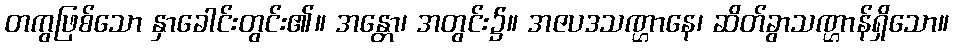
တကွဖြစ်သော နှာခေါင်းတွင်း၏။ အန္တော၊ အတွင်း၌။ အဇပဒသဏ္ဌာနေ၊ ဆိတ်ခွာသဏ္ဌာန်ရှိသော။